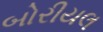
બોરીયલ